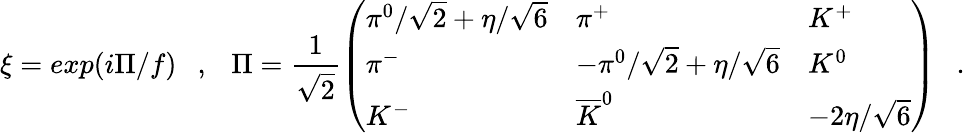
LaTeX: \xi=exp(i\Pi/f)\ \ \ ,\ \ \ \Pi=\frac{1}{\sqrt{2}}\left(\begin{array}{lll}{{\pi^{0}/\sqrt{2}+\eta/\sqrt{6}}}&{{\pi^{+}}}&{{K^{+}}}\\ {{\pi^{-}}}&{{-\pi^{0}/\sqrt{2}+\eta/\sqrt{6}}}&{{K^{0}}}\\ {{K^{-}}}&{{\overline{{K}}^{0}}}&{{-2\eta/\sqrt{6}}}\end{array}\right)\ \ \ .